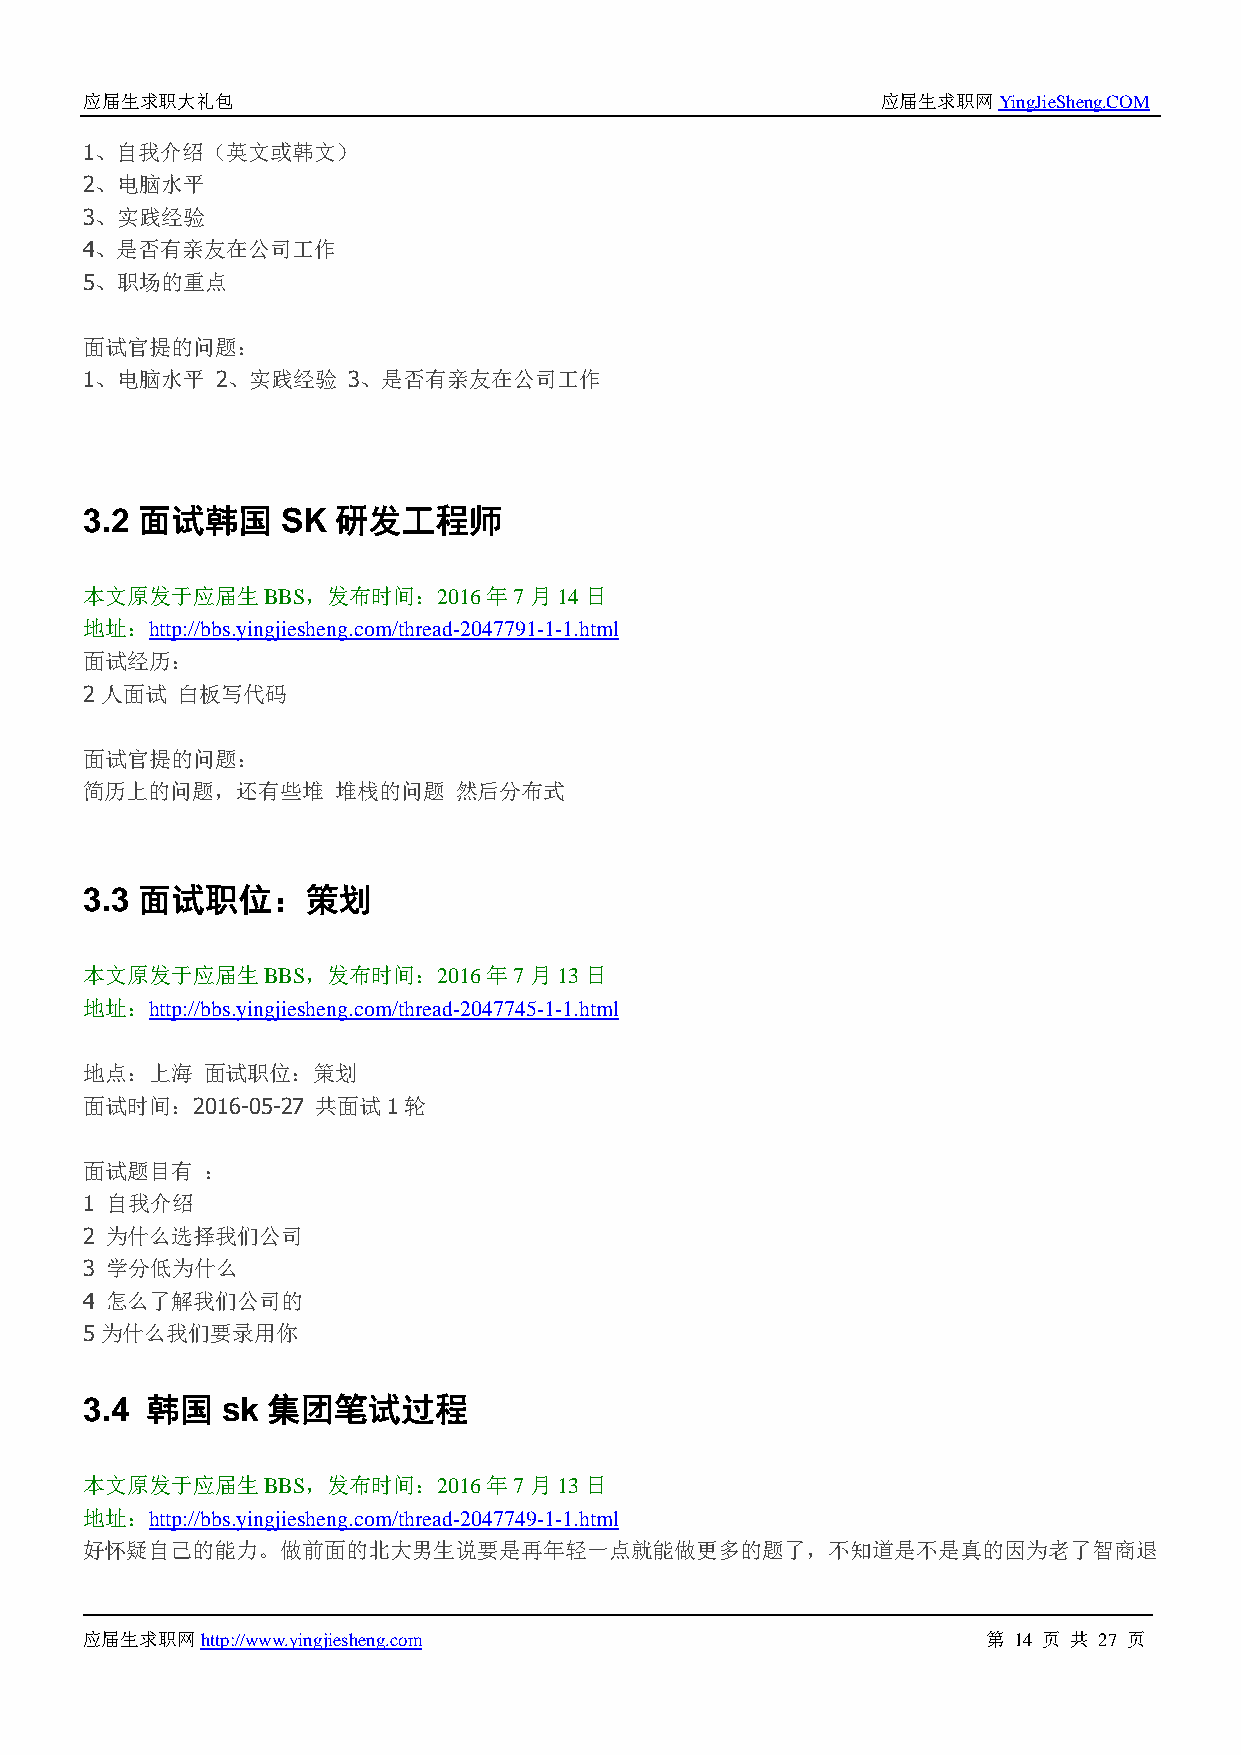
应届生求职大礼包                                            应届生求职网YingJieSheng.COM
 1、自我介绍（英文或韩文）
 2、电脑水平
 3、实践经验
 4、是否有亲友在公司工作
 5、职场的重点
 面试官提的问题：
 1、电脑水平  2、实践经验   3、是否有亲友在公司工作
 3.2 面试韩国     SK 研发工程师
 本文原发于应届生BBS，发布时间：2016年7月14日
 地址：http://bbs.yingjiesheng.com/thread-2047791-1-1.html
 面试经历：
 2人面试  白板写代码
 面试官提的问题：
 简历上的问题，还有些堆     堆栈的问题   然后分布式
 3.3 面试职位：策划
 本文原发于应届生BBS，发布时间：2016年7月13日
 地址：http://bbs.yingjiesheng.com/thread-2047745-1-1.html
 地点：上海  面试职位：策划
 面试时间：2016-05-27 共面试1轮
 面试题目有  ：
 1 自我介绍
 2 为什么选择我们公司
 3 学分低为什么
 4 怎么了解我们公司的
 5为什么我们要录用你
 3.4 韩国   sk 集团笔试过程
 本文原发于应届生BBS，发布时间：2016年7月13日
 地址：http://bbs.yingjiesheng.com/thread-2047749-1-1.html
 好怀疑自己的能力。做前面的北大男生说要是再年轻一点就能做更多的题了，不知道是不是真的因为老了智商退
 应届生求职网http://www.yingjiesheng.com                          第 14 页 共 27 页